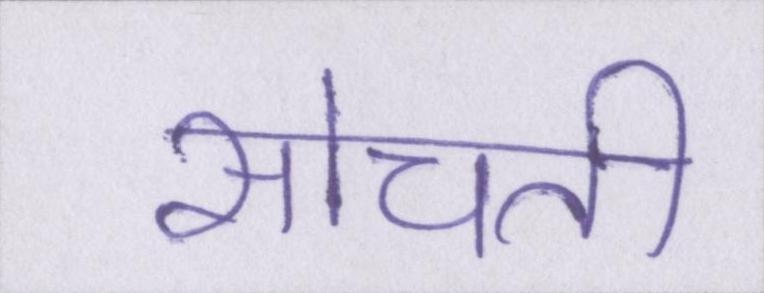
सोचती